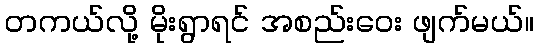
တကယ်လို့ မိုးရွာရင် အစည်းဝေး ဖျက်မယ်။